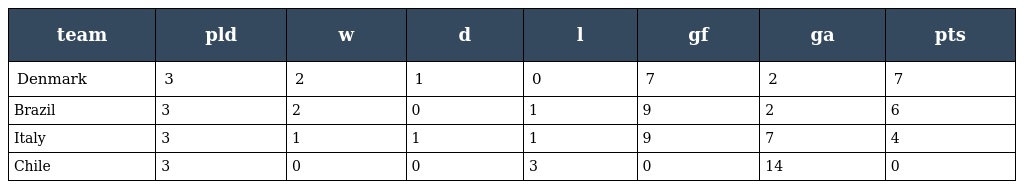
| team | pld | w | d | l | gf | ga | pts |
 | --- | --- | --- | --- | --- | --- | --- | --- |
 | Denmark | 3 | 2 | 1 | 0 | 7 | 2 | 7 |
 | Brazil | 3 | 2 | 0 | 1 | 9 | 2 | 6 |
 | Italy | 3 | 1 | 1 | 1 | 9 | 7 | 4 |
 | Chile | 3 | 0 | 0 | 3 | 0 | 14 | 0 |